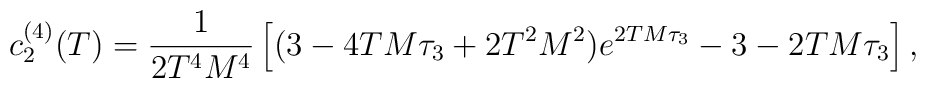
c^{(4)}_2(T)=\frac{1}{2T^4M^4}\left[(3-4TM\tau_3+2T^2M^2)                e^{2TM\tau_3}-3-2TM\tau_3\right],